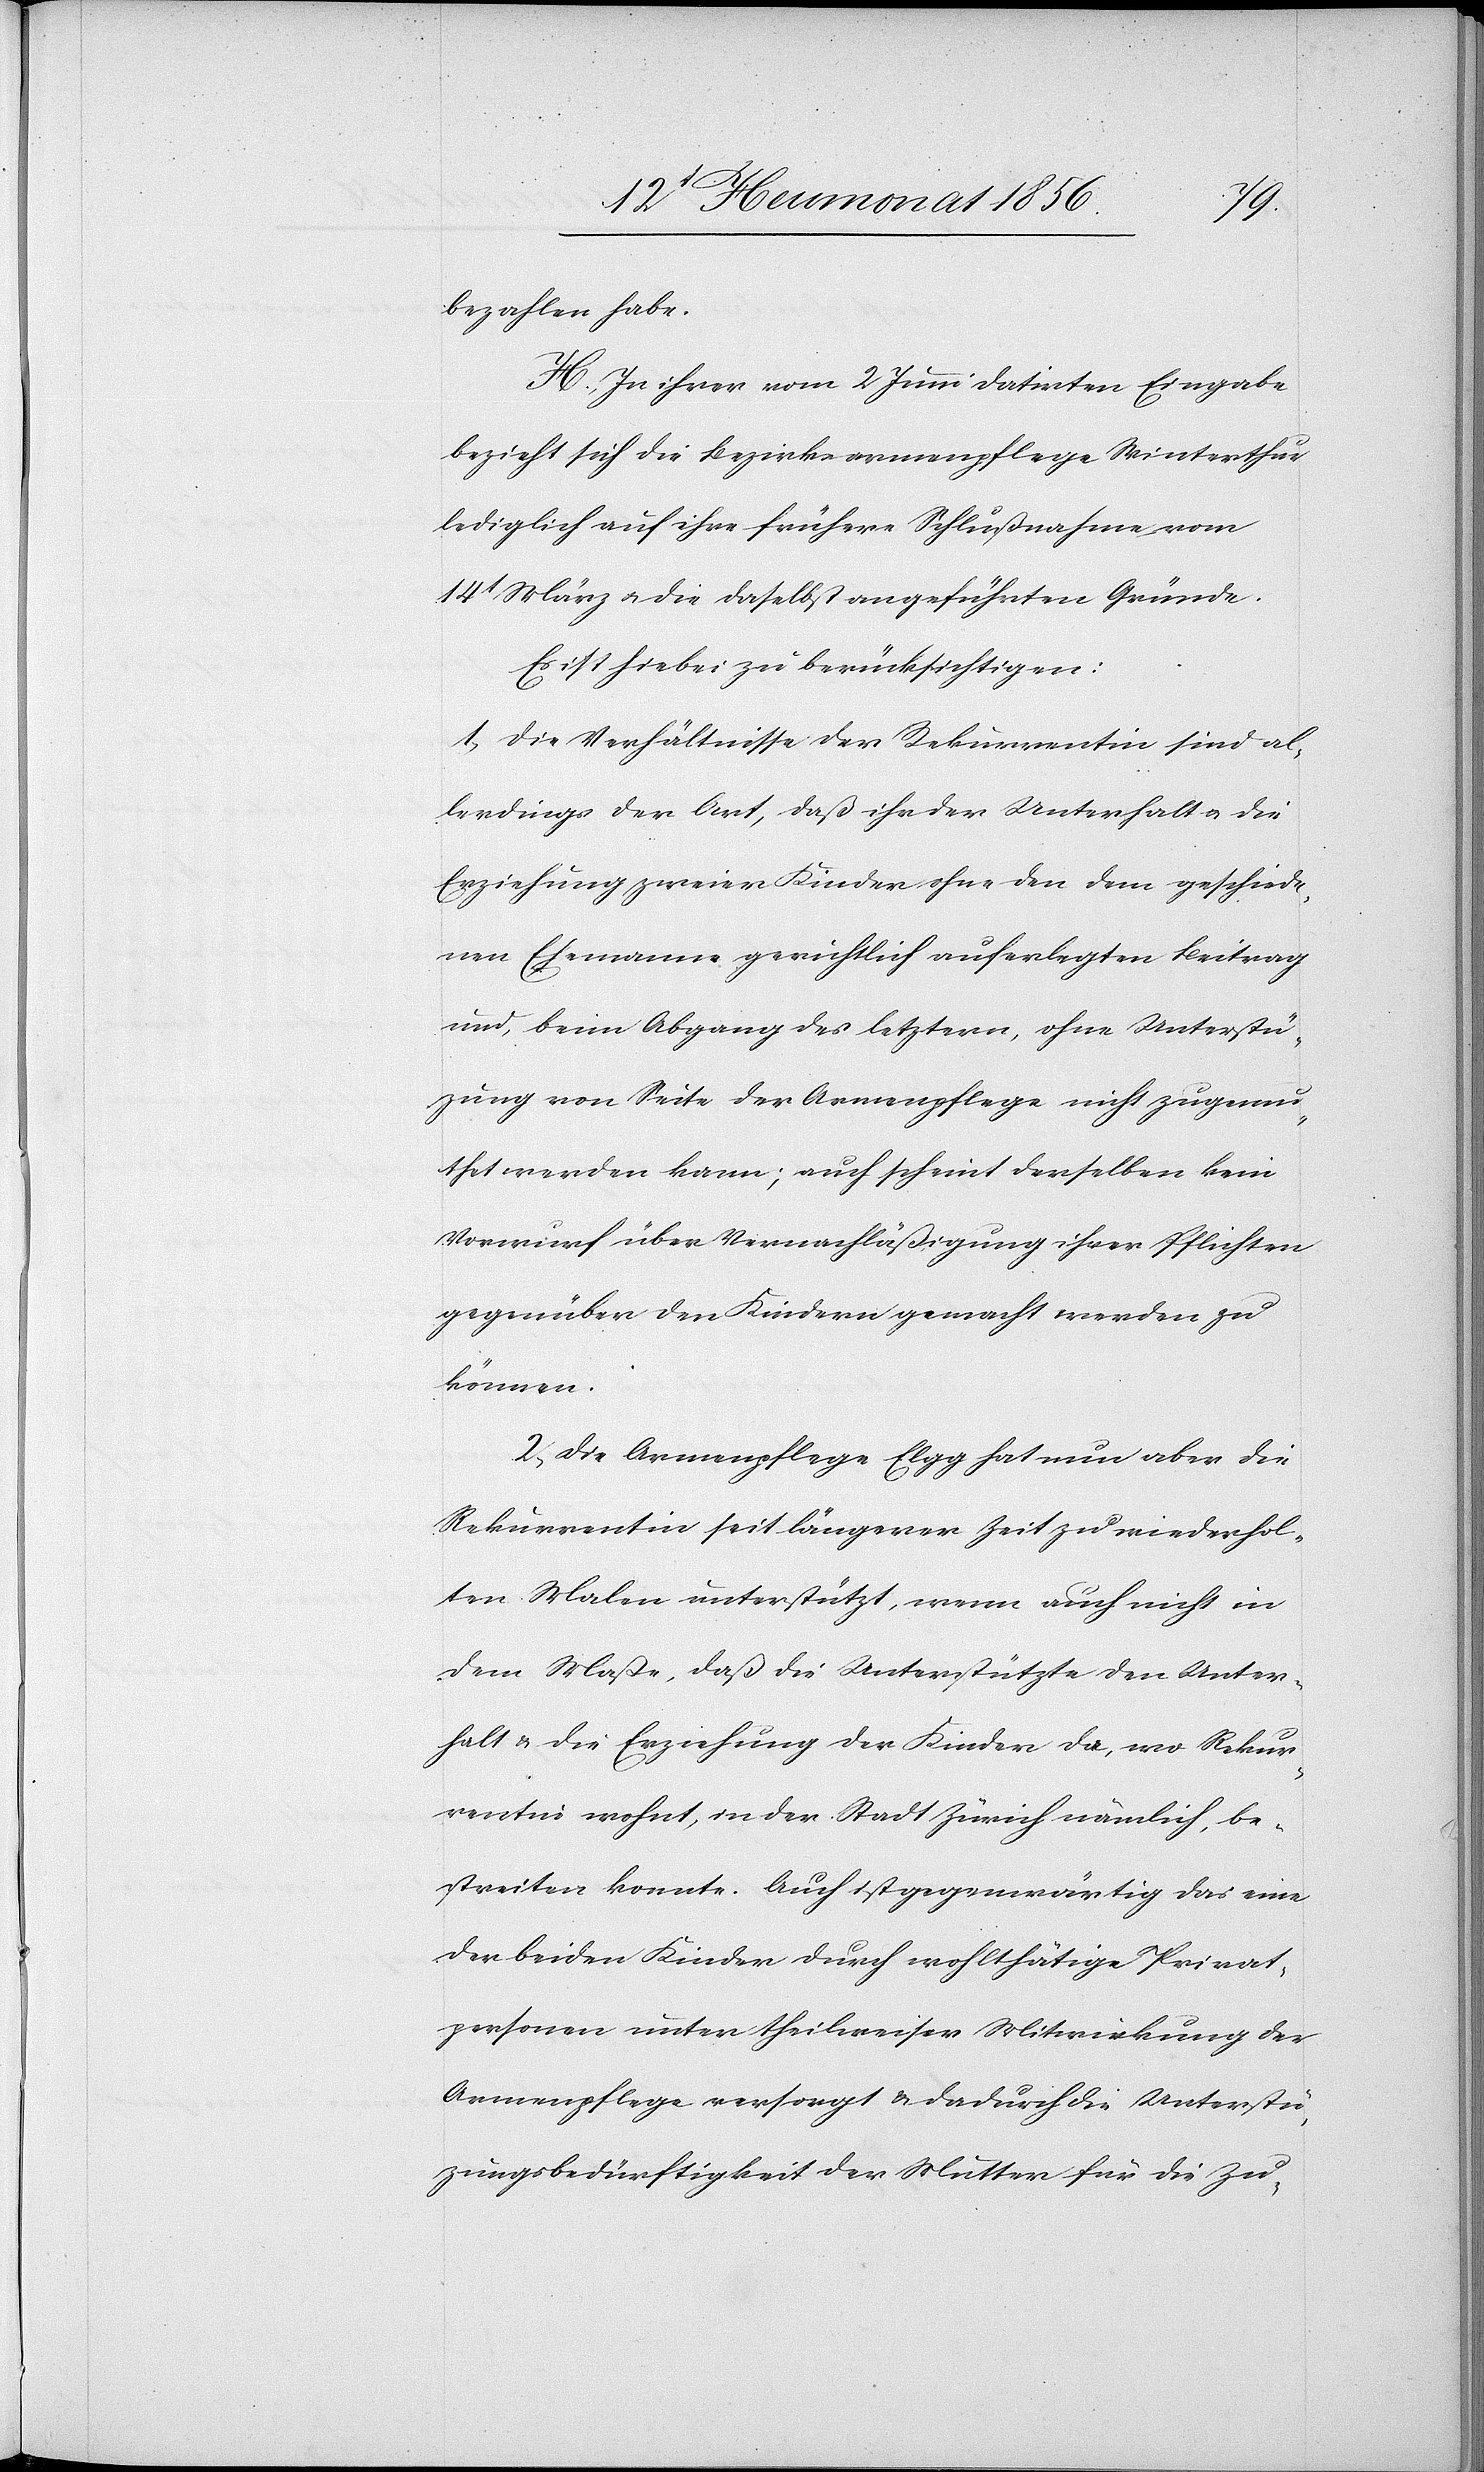
bezahlen habe.
H. In ihrer vom 2 Juni datirten Eingabe
bezieht sich die Bezirksarmenpflege Winterthur
lediglich auf ihre frühere Schlußnahme vom
14t März u. die daselbst angeführten Gründe.
1. Die Verhältnisse der Rekurrentin sind al¬
lerdings der Art, daß ihr der Unterhalt u. die
Erziehung zweier Kinder ohne den dem geschiede¬
nen Ehemanne gerichtlich auferlegten Beitrag
und, beim Abgang des letztern, ohne Unterstüt¬
zung von Seite der Armenpflege nicht zugemu¬
thet werden kann; auch scheint derselben kein
Vorwurf über Vernachläßigung ihrer Pflichten
gegenüber den Kindern gemacht werden zu
können.
2. Die Armenpflege Elgg hat nun aber die
Rekurrentin seit längerer Zeit zu wiederhol¬
ten Malen unterstützt, wenn auch nicht in
dem Maße, daß die Unterstützte den Unter¬
halt & die Erziehung der Kinder da, wo Rekur¬
rentin wohnt, in der Stadt Zürich nämlich, be¬
streiten konnte. Auch ist gegenwärtig das eine
der beiden Kinder durch wohlthätige Privat¬
personen unter theilweiser Mitwirkung der
Armenpflege versorgt & dadurch die Unterstüt¬
zungsbedürftigkeit der Mutter für die Zu-